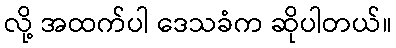
လို့ အထက်ပါ ဒေသခံက ဆိုပါတယ်။